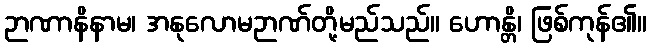
ဉာဏာနိနာမ၊ အနုလောမဉာဏ်တို့မည်သည်။ ဟောန္တိ၊ ဖြစ်ကုန်၏။